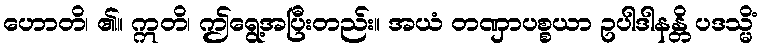
ဟောတိ၊ ၏။ ဣတိ၊ ဤရွေ့အပြီးတည်း။ အယံ တဏှာပစ္စယာ ဥပါဒါနန္တိ ပဒသ္မိံ